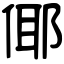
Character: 倻